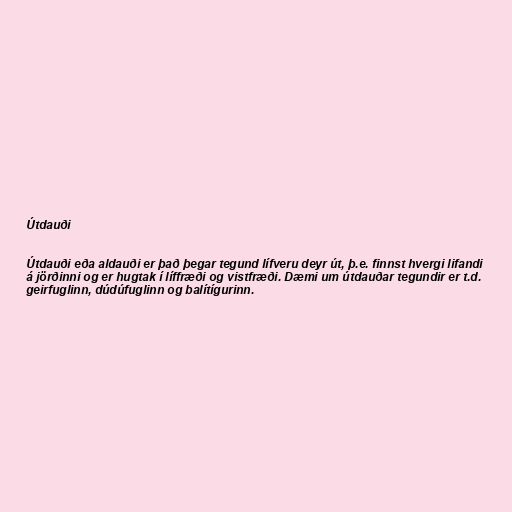
Útdauði

Útdauði eða aldauði er það þegar tegund lífveru deyr út, þ.e. finnst hvergi lifandi
á jörðinni og er hugtak í líffræði og vistfræði. Dæmi um útdauðar tegundir er t.d.
geirfuglinn, dúdúfuglinn og balítígurinn.